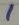
Text: 1